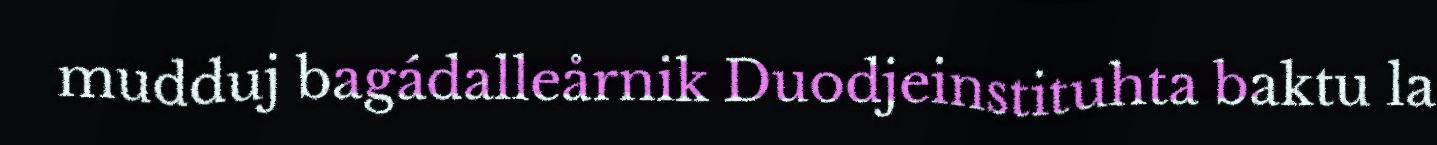
mudduj bagádalleårnik Duodjeinstituhta baktu la